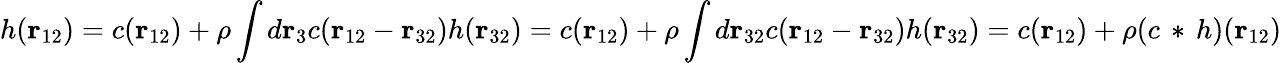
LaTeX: h(\mathbf{r}_{12})=c(\mathbf{r}_{12})+\rho\int d\mathbf{r}_{3}c(\mathbf{r}_{12}-\mathbf{r}_{32})h(\mathbf{r}_{32})=c(\mathbf{r}_{12})+\rho\int d\mathbf{r}_{32}c(\mathbf{r}_{12}-\mathbf{r}_{32})h(\mathbf{r}_{32})=c(\mathbf{r}_{12})+\rho(c\, *\, h)(\mathbf{r}_{12})